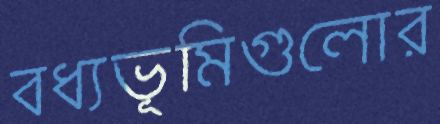
বধ্যভূমিগুলোর